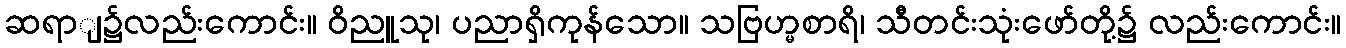
ဆရာျ၌လည်းကောင်း။ ဝိညူသု၊ ပညာရှိကုန်သော။ သဗြဟ္မစာရိ၊ သီတင်းသုံးဖော်တို့၌ လည်းကောင်း။